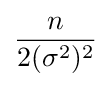
{\frac {n}{2(\sigma ^{2})^{2}}}